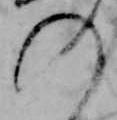
の